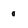
Character: 0